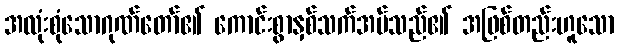
အလုံးစုံသောဂုဏ်တော်၏ ကောင်းစွာနှစ်သက်အပ်သည်၏ အဖြစ်တည်းဟူသော